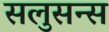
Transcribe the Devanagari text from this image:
सलुसन्स